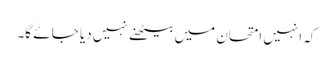
کہ انہیں امتحان میں بیٹھنے نہیں دیا جا ئے گا۔